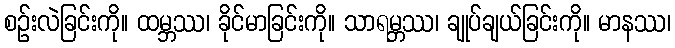
စဉ်းလဲခြင်းကို။ ထမ္ဘဿ၊ ခိုင်မာခြင်းကို။ သာရမ္ဘဿ၊ ချုပ်ချယ်ခြင်းကို။ မာနဿ၊